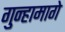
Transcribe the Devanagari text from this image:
गुन्हामागे